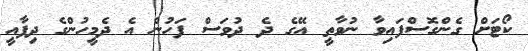
ކޯޓަށް ގެންގޮސްފައިވާ ނުވާތީ އޭގެ ދެ ދުވަސް ފަހުން އެ ދެމީހުންގެ ދިފާއީ